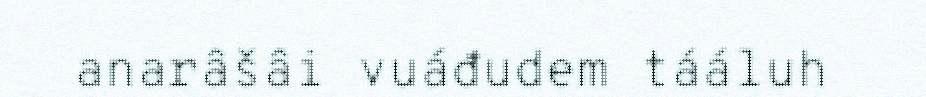
anarâšâi vuáđudem tááluh